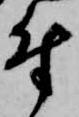
付